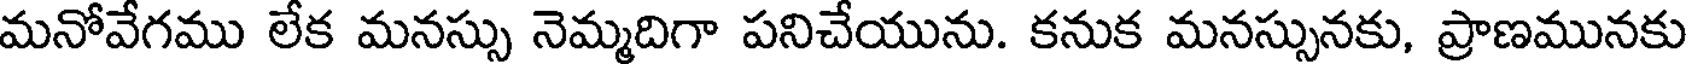
మనోవేగము లేక మనస్సు నెమ్మదిగా పనిచేయును. కనుక మనస్సునకు, ప్రాణమునకు